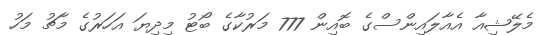
މެލޭޝިއާ އެއާލައިންސްގެ ބޮއިން 777 މަރުކާގެ ބޯޓު މިދިޔަ އަހަރުގެ މާޗު މަހު